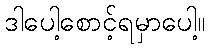
ဒါပေါ့စောင့်ရမှာပေါ့။